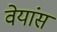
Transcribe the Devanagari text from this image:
वेयांस